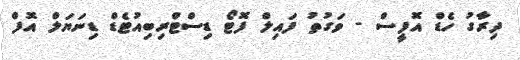
ދިރާގު ހެޑް އޮފީސް - ވަގުތު ފައިލް ފޮޓޯ ޑިސްޓްރިބިއުޓެޑް ޑިނަޔަލް އޮފް